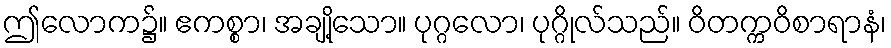
ဤလောက၌။ ဧကစ္စာ၊ အချို့သော။ ပုဂ္ဂလော၊ ပုဂ္ဂိုလ်သည်။ ဝိတက္ကဝိစာရာနံ၊